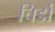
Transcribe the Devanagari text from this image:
चिर्डो